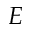
E